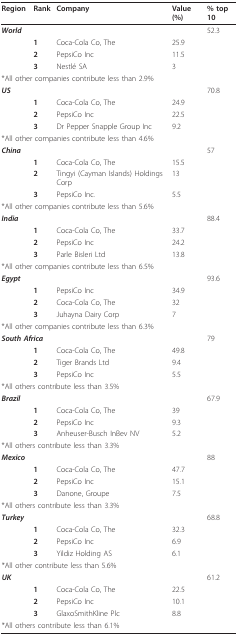
<table><thead><tr><td><b>Region</b></td><td><b>Rank</b></td><td><b>Company</b></td><td><b>Value (%)</b></td><td><b>% top 10</b></td></tr></thead><tbody><tr><td><b><i>World </i></b></td><td></td><td></td><td></td><td>52.3</td></tr><tr><td></td><td><b>1</b></td><td>Coca-Cola Co, The</td><td>25.9</td><td></td></tr><tr><td></td><td><b>2</b></td><td>PepsiCo Inc</td><td>11.5</td><td></td></tr><tr><td></td><td><b>3</b></td><td>Nestlé SA</td><td>3</td><td></td></tr><tr><td colspan="5">*All other companies contribute less than 2.9%</td></tr><tr><td><b><i>US</i></b></td><td></td><td></td><td></td><td>70.8</td></tr><tr><td></td><td><b>1</b></td><td>Coca-Cola Co, The</td><td>24.9</td><td></td></tr><tr><td></td><td><b>2</b></td><td>PepsiCo Inc</td><td>22.5</td><td></td></tr><tr><td></td><td><b>3</b></td><td>Dr Pepper Snapple Group Inc</td><td>9.2</td><td></td></tr><tr><td colspan="5">*All other companies contribute less than 4.6%</td></tr><tr><td><b><i>China </i></b></td><td></td><td></td><td></td><td>57</td></tr><tr><td></td><td><b>1</b></td><td>Coca-Cola Co, The</td><td>15.5</td><td></td></tr><tr><td></td><td><b>2</b></td><td>Tingyi (Cayman Islands) Holdings Corp</td><td>13</td><td></td></tr><tr><td></td><td><b>3</b></td><td>PepsiCo Inc.</td><td>5.5</td><td></td></tr><tr><td colspan="5">*All other companies contribute less than 5.6%</td></tr><tr><td><b><i>India </i></b></td><td></td><td></td><td></td><td>88.4</td></tr><tr><td></td><td><b>1</b></td><td>Coca-Cola Co, The</td><td>33.7</td><td></td></tr><tr><td></td><td><b>2</b></td><td>PepsiCo Inc</td><td>24.2</td><td></td></tr><tr><td></td><td><b>3</b></td><td>Parle Bisleri Ltd</td><td>13.8</td><td></td></tr><tr><td colspan="5">*All other companies contribute less than 6.5%</td></tr><tr><td><b><i>Egypt </i></b></td><td></td><td></td><td></td><td>93.6</td></tr><tr><td></td><td><b>1</b></td><td>PepsiCo Inc</td><td>34.9</td><td></td></tr><tr><td></td><td><b>2</b></td><td>Coca-Cola Co, The</td><td>32</td><td></td></tr><tr><td></td><td><b>3</b></td><td>Juhayna Dairy Corp</td><td>7</td><td></td></tr><tr><td colspan="5">*All other companies contribute less than 6.3%</td></tr><tr><td colspan="2"><b><i>South Africa </i></b></td><td></td><td></td><td>79</td></tr><tr><td></td><td><b>1</b></td><td>Coca-Cola Co, The</td><td>49.8</td><td></td></tr><tr><td></td><td><b>2</b></td><td>Tiger Brands Ltd</td><td>9.4</td><td></td></tr><tr><td></td><td><b>3</b></td><td>PepsiCo Inc</td><td>5.5</td><td></td></tr><tr><td colspan="5">*All others contribute less than 3.5%</td></tr><tr><td><b><i>Brazil </i></b></td><td></td><td></td><td></td><td>67.9</td></tr><tr><td></td><td><b>1</b></td><td>Coca-Cola Co, The</td><td>39</td><td></td></tr><tr><td></td><td><b>2</b></td><td>PepsiCo Inc</td><td>9.3</td><td></td></tr><tr><td></td><td><b>3</b></td><td>Anheuser-Busch InBev NV</td><td>5.2</td><td></td></tr><tr><td colspan="5">*All others contribute less than 3.3%</td></tr><tr><td><b><i>Mexico </i></b></td><td></td><td></td><td></td><td>88</td></tr><tr><td></td><td><b>1</b></td><td>Coca-Cola Co, The</td><td>47.7</td><td></td></tr><tr><td></td><td><b>2</b></td><td>PepsiCo Inc</td><td>15.1</td><td></td></tr><tr><td></td><td><b>3</b></td><td>Danone, Groupe</td><td>7.5</td><td></td></tr><tr><td colspan="5">*All others contribute less than 3.3%</td></tr><tr><td><b><i>Turkey </i></b></td><td></td><td></td><td></td><td>68.8</td></tr><tr><td></td><td><b>1</b></td><td>Coca-Cola Co, The</td><td>32.3</td><td></td></tr><tr><td></td><td><b>2</b></td><td>PepsiCo Inc</td><td>6.9</td><td></td></tr><tr><td></td><td><b>3</b></td><td>Yildiz Holding AS</td><td>6.1</td><td></td></tr><tr><td colspan="5">*All other contribute less than 5.6%</td></tr><tr><td><b><i>UK </i></b></td><td></td><td></td><td></td><td>61.2</td></tr><tr><td></td><td><b>1</b></td><td>Coca-Cola Co, The</td><td>22.5</td><td></td></tr><tr><td></td><td><b>2</b></td><td>PepsiCo Inc</td><td>10.1</td><td></td></tr><tr><td></td><td><b>3</b></td><td>GlaxoSmithKline Plc</td><td>8.8</td><td></td></tr><tr><td colspan="5">*All others contribute less than 6.1%</td></tr></tbody></table>